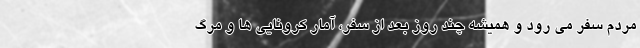
مردم سفر می رود و همیشه چند روز بعد از سفر، آمار کرونایی ها و مرگ